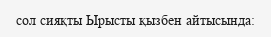
сол сияқты Ырысты қызбен айтысында: